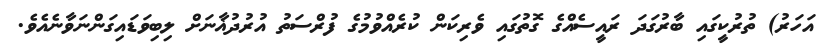
އަހަރު) ތުރުކީގައި ބާރުގަދަ ރައީސެއްގެ ގޮތުގައި ވެރިކަން ކުރެއްވުމުގެ ފުރްސަތު އުރުދުޣާނަށް ލިބިވަޑައިގަންނަވާނެއެވެ.